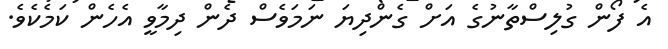
އެ ފޯން ގުލިސްތާނުގެ އަށް ގެންދިޔަ ނަމަވެސް ދެން ދިމާވީ އެހެން ކަމެކެވެ.